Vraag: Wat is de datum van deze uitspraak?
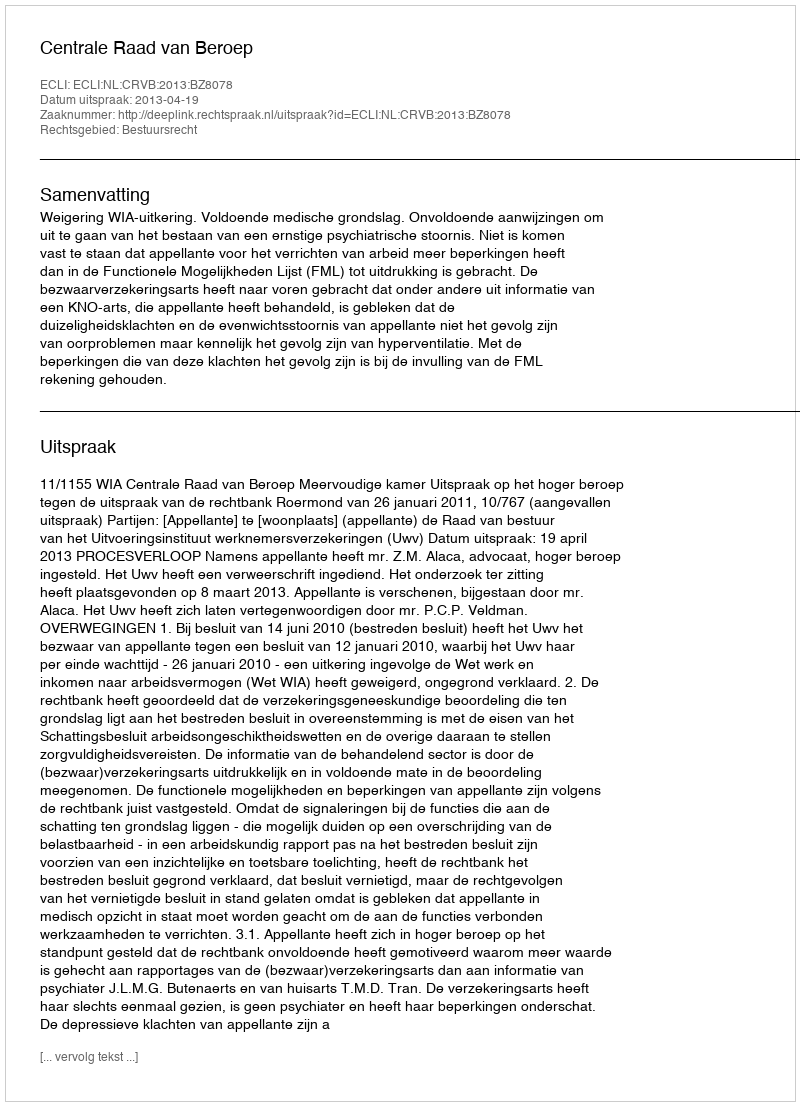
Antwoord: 2013-04-19